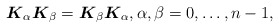
\begin{align*} \boldsymbol{K}_{\alpha}\boldsymbol{K}_\beta=\boldsymbol{K}_\beta \boldsymbol{K}_\alpha, \alpha,\beta=0,\ldots , n-1 ,\end{align*}